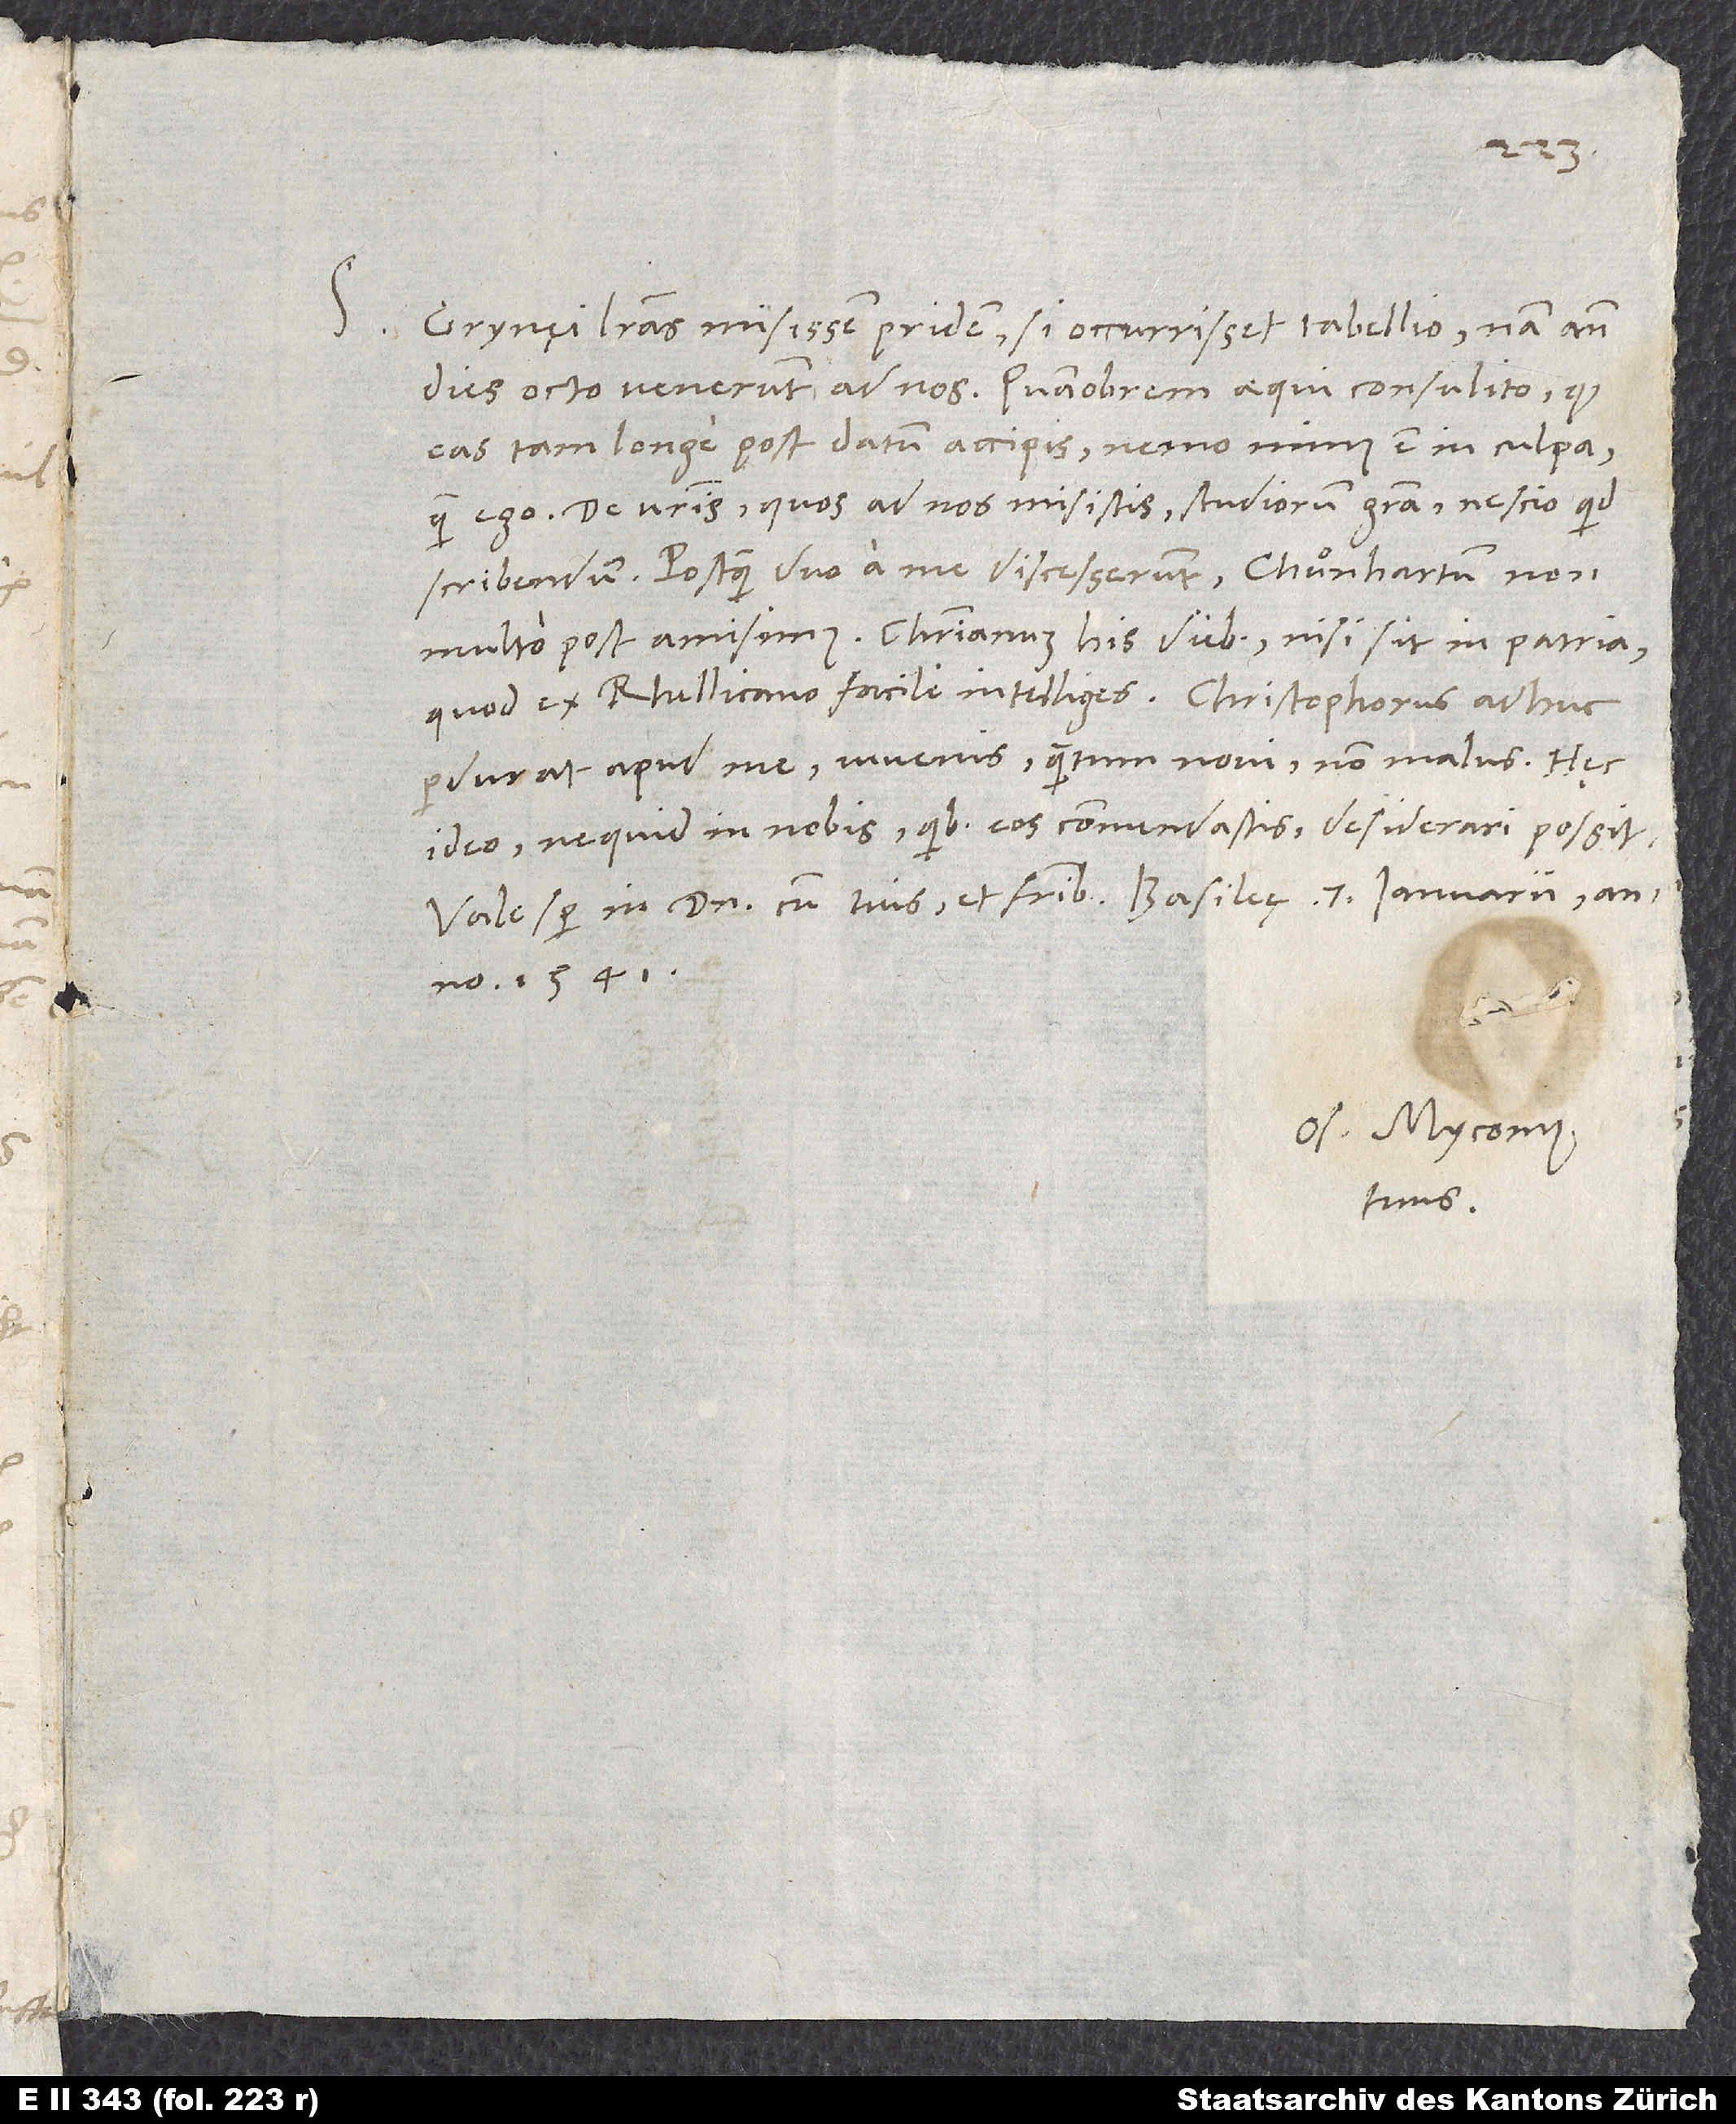
S.

Grynęi literas misissem pridem, si occurrisset tabellio; nam ante
dies octo venerunt ad nos. Quamobrem aequi consulito, quod
eas tam longe post datum accipis; nemo minus est in culpa
vestris, quos ad nos misistis studiorum gratia, nescio, quid
scribendum. Postquam duo a me discesserunt, Chuͦnhartum non
multo post amisimus, Christianum his diebus, nisi sit in patria,
quod ex Rhellicano facile intelliges. Christophorus adhuc
perdurat apud me, iuvenis, quantum novi, non malus. Hęc
ideo, ne quid in nobis, quibus eos commendastis, desiderari possit.
Vale semper in domino cum tuis et fratribus. Basileę, 7. ianuarii anno
1541.
Os. Myconius
tuus.